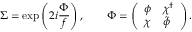
\Sigma = \exp \left( 2 i \frac { \Phi } { f } \right) , \qquad \Phi = \left( \begin{array} { l l } { { \phi } } & { { \chi ^ { \dagger } } } \\ { { \chi } } & { { \tilde { \phi } ~ } } \end{array} \right) .